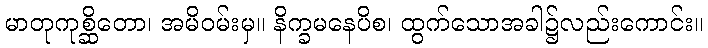
မာတုကုစ္ဆိတော၊ အမိဝမ်းမှ။ နိက္ခမနေပိစ၊ ထွက်သောအခါ၌လည်းကောင်း။